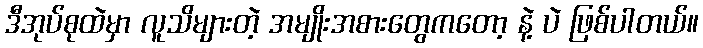
ဒီအုပ်စုထဲမှာ လူသိများတဲ့ အမျိုးအစားတွေကတော့ နဲ့ ပဲ ဖြစ်ပါတယ်။